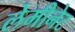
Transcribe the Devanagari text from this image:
लेमीनेट